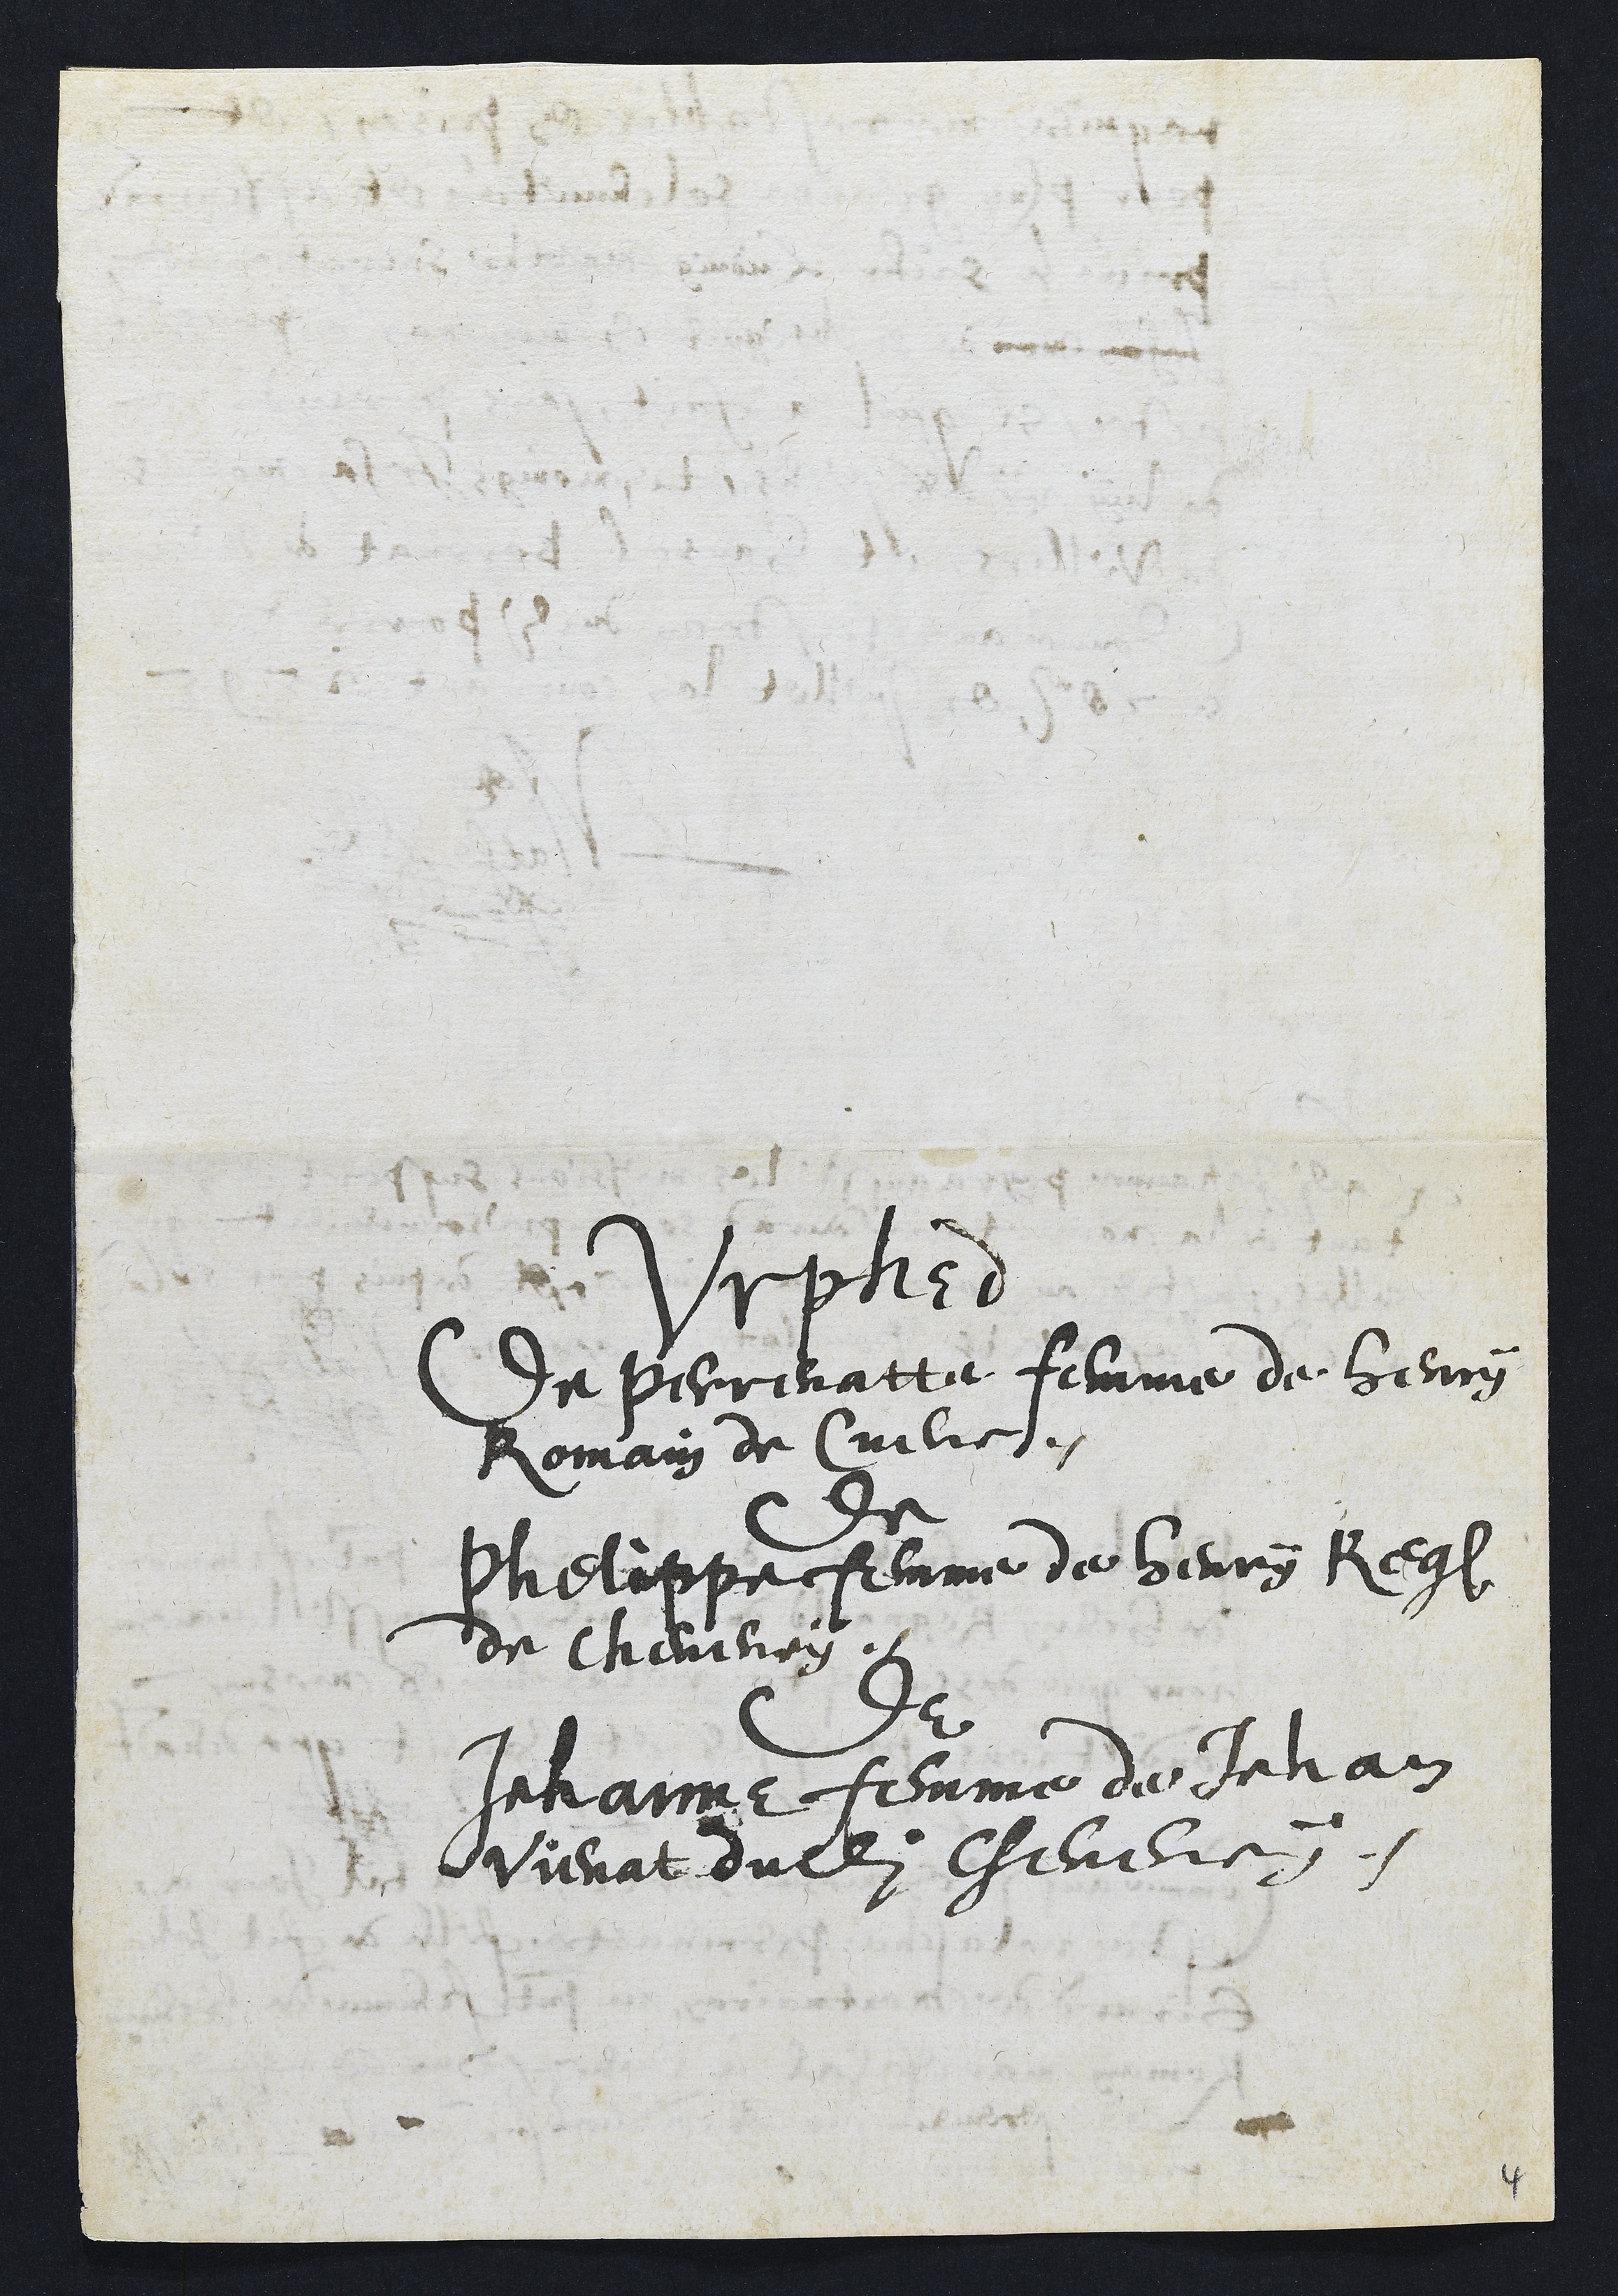
Vrphed
De Perrenatte femme de Henry
Romain de Cueve.
De
Philippe femme de Henry Reg
de Cheveney
de
Jehanne femme de Jehan
Vienat dudit Cheveney

4